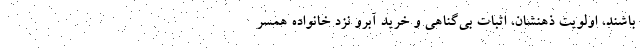
باشند، اولویت ذهنشان، اثبات بی‌گناهی و خرید آبرو نزد خانواده همسر